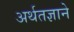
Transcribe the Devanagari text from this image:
अर्थतज्ञाने